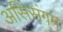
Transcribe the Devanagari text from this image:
असिसंगम